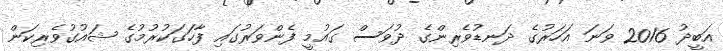
އަބީދު 2016 ވަނަ އަހަރުގެ ދަނޑުވެރިންގެ ދުވަސް ގައުމީ ފެންވަރުގައި ފާހަގަކުރުމުގެ ޝައުގުވެރިކަން